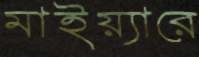
মাইয়্যারে